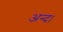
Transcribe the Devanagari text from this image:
अन्द।